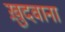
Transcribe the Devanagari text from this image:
ख़ुदवाना